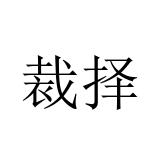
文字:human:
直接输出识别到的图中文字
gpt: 裁择